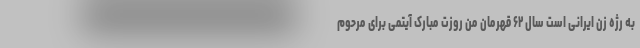
به رژه زن ایرانی است سال ۶۲ قهرمان من روزت مبارک آیتمی برای مرحوم